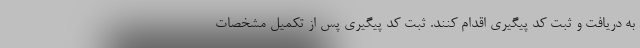
به دریافت و ثبت کد پیگیری اقدام کنند. ثبت کد پیگیری پس از تکمیل مشخصات